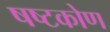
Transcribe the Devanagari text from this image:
षष्टकोण